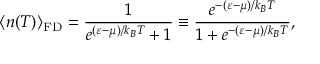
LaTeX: \langle n ( T ) \rangle _ { \mathrm { { F D } } } = \frac { 1 } { e ^ { ( \varepsilon - \mu ) / k _ { B } T } + 1 } \equiv \frac { e ^ { - ( \varepsilon - \mu ) / k _ { B } T } } { 1 + e ^ { - ( \varepsilon - \mu ) / k _ { B } T } } ,